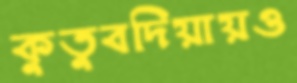
কুতুবদিয়ায়ও